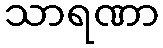
သာရဏာ